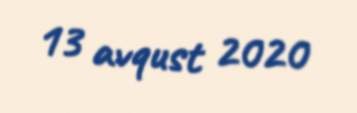
13 avqust 2020